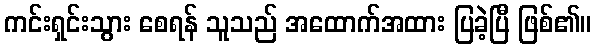
ကင်းရှင်းသွား စေရန် သူသည် အထောက်အထား ပြခဲ့ပြီ ဖြစ်၏။